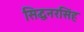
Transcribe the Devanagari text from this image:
सिद्धनरसिंह